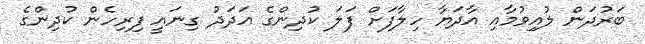
ބަރުދަން ލުއިވުމާއި އާދަޔާ ހިލާފަށް ފަލަ ކުދިންގެ އަދަދު ގިނައީ ފިރިހެން ކުދިންގެ